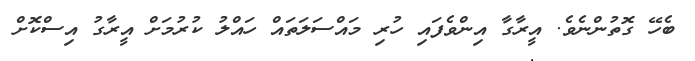
ބެހޭ ގޮތުންނެވެ. އީރާގާ އިންވެފައި ހުރި މައްސަލަތައް ހައްލު ކުރުމަށް އީރާގު އިސްކޮށް